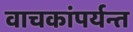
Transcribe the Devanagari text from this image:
वाचकांपर्यन्त